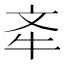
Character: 𣁄